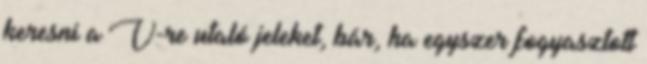
keresni a V-re utaló jeleket, bár, ha egyszer fogyasztott